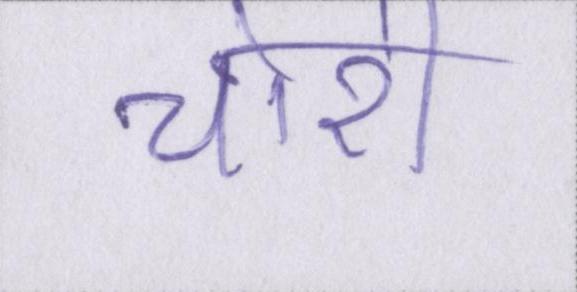
चोरी